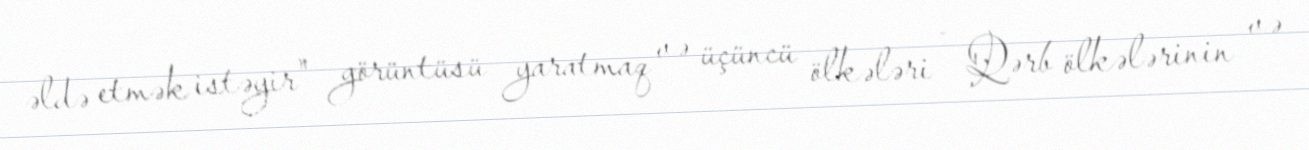
əldə etmək istəyir" görüntüsü yaratmaq və üçüncü ölkələri - Qərb ölkələrinin və